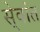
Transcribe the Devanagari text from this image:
से्वांत